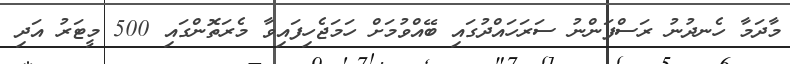
މާދަމާ ހެނދުނު ރަސްފަންނު ސަރަހައްދުގައި ބޭއްވުމަށް ހަމަޖެހިފައިވާ މެރަތޮންގައި 500 މީޓަރު އަދި